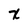
Character: x